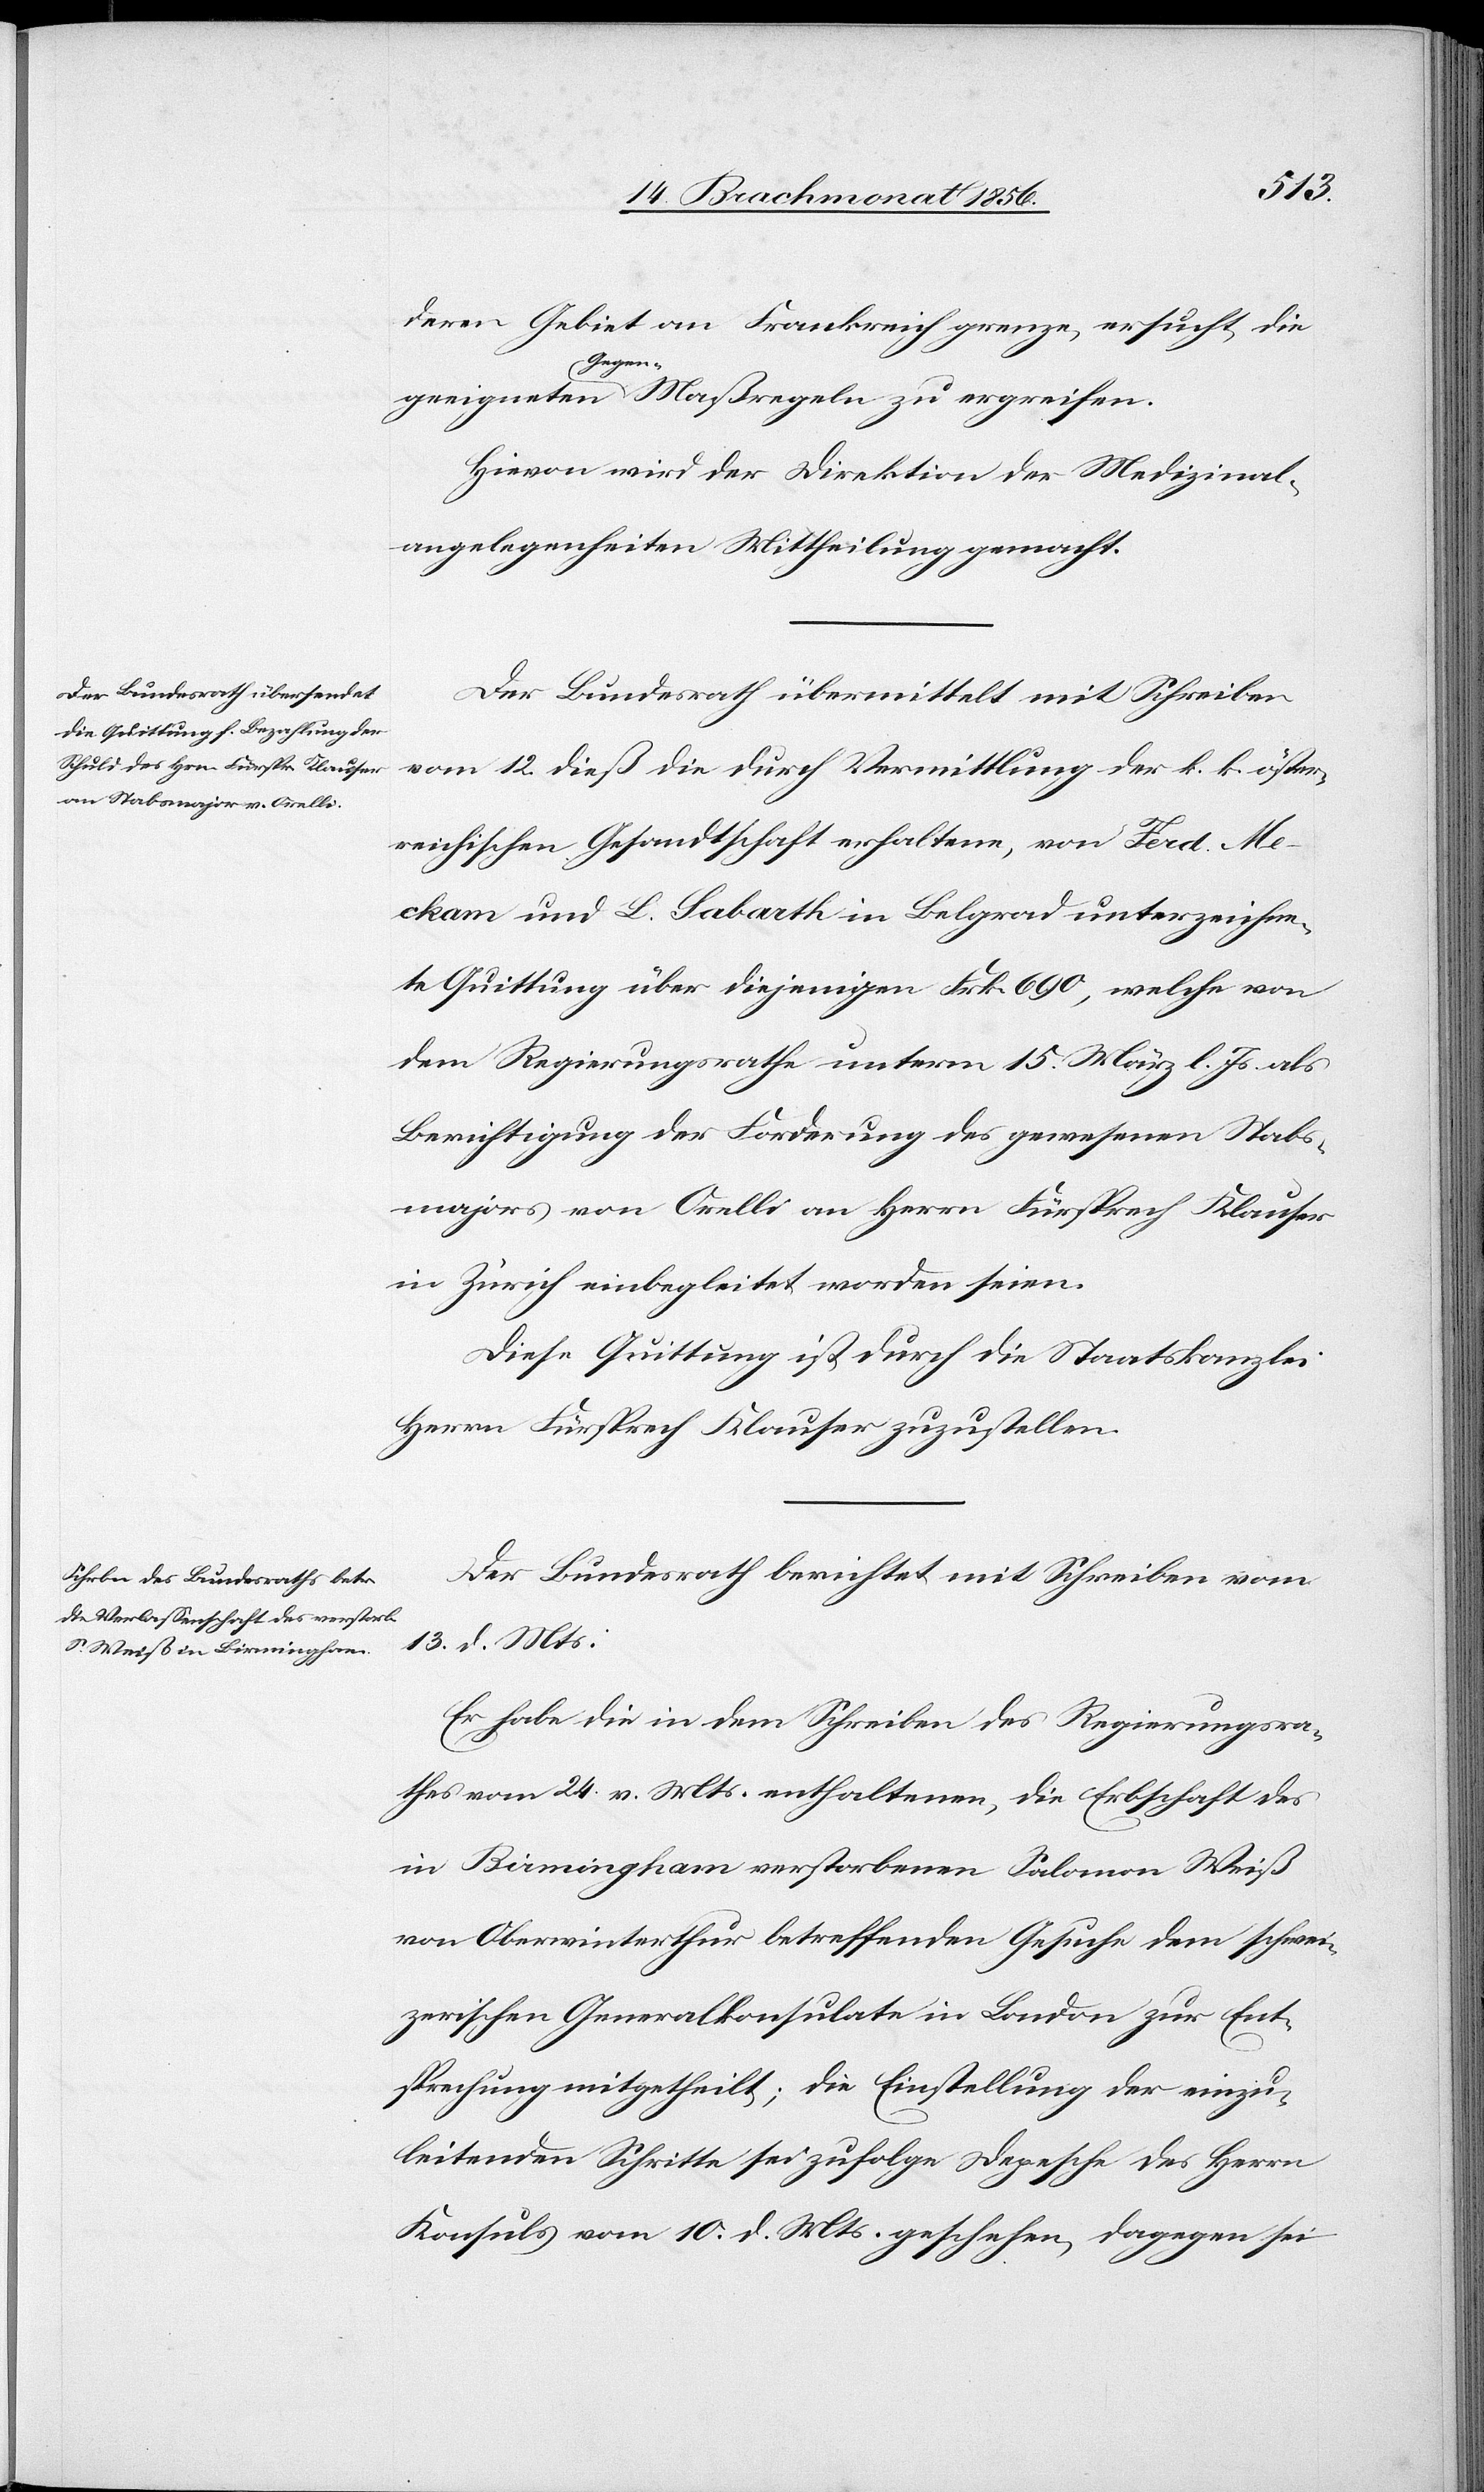
deren Gebiet an Frankreich grenze, ersucht, die
a-Gegen--a
Hievon wird der Direktion der Medizinal¬
angelegenheiten Mittheilung gemacht.
Der Bundesrath übermittelt mit Schreiben
vom 12. dieß die durch Vermittlung der k. k. öster¬
reichischen Gesandtschaft erhaltene, von Ferd. Me¬
ckam und L. Sabarth in Belgrad unterzeichne¬
te Quittung über diejenigen Frk. 690, welche von
dem Regierungsrath unterm 15. März l. Js. als
Berichtigung der Forderung des gewesenen Stabs¬
majors von Orelli an Herrn Fürsprech Klauser
in Zürich einbegleitet worden seien.
Diese Quittung ist durch die Staatskanzlei
Herrn Fürsprech Klauser zuzustellen.
Der Bundesrath berichtet mit Schreiben vom
13. d. Mts:
Er habe die in dem Schreiben des Regierungsra¬
thes vom 24. v. Mts. enthaltenen, die Erbschaft des
in Birmingham verstorbenen Salomon Weiß
von Oberwinterthur betreffenden Gesuche dem schwei¬
zerischen Generalkonsulate in London zur Ent¬
sprechung mitgetheilt; die Einstellung der einzu¬
leitenden Schritte sei zufolge Depesche des Herrn
Konsuls vom 10. d. Mts. geschehen, dagegen sei